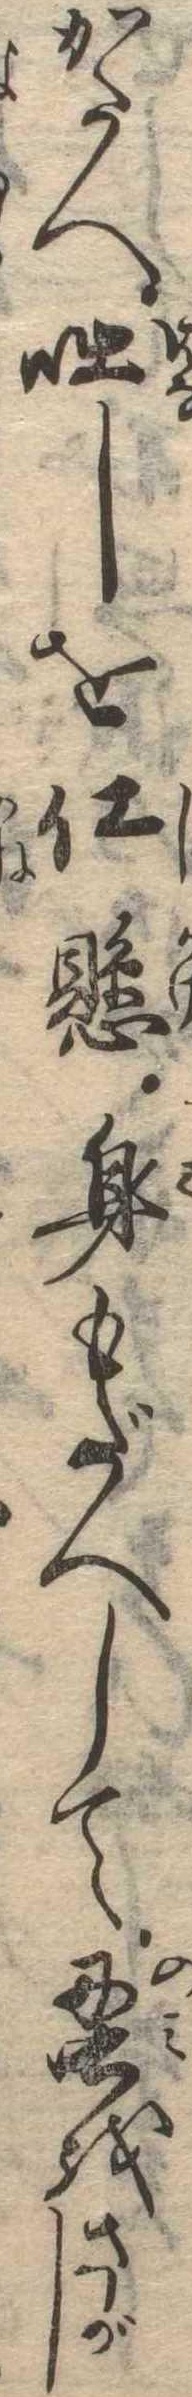
かたへ咄しを仕懸身もだへして蚤をさがし